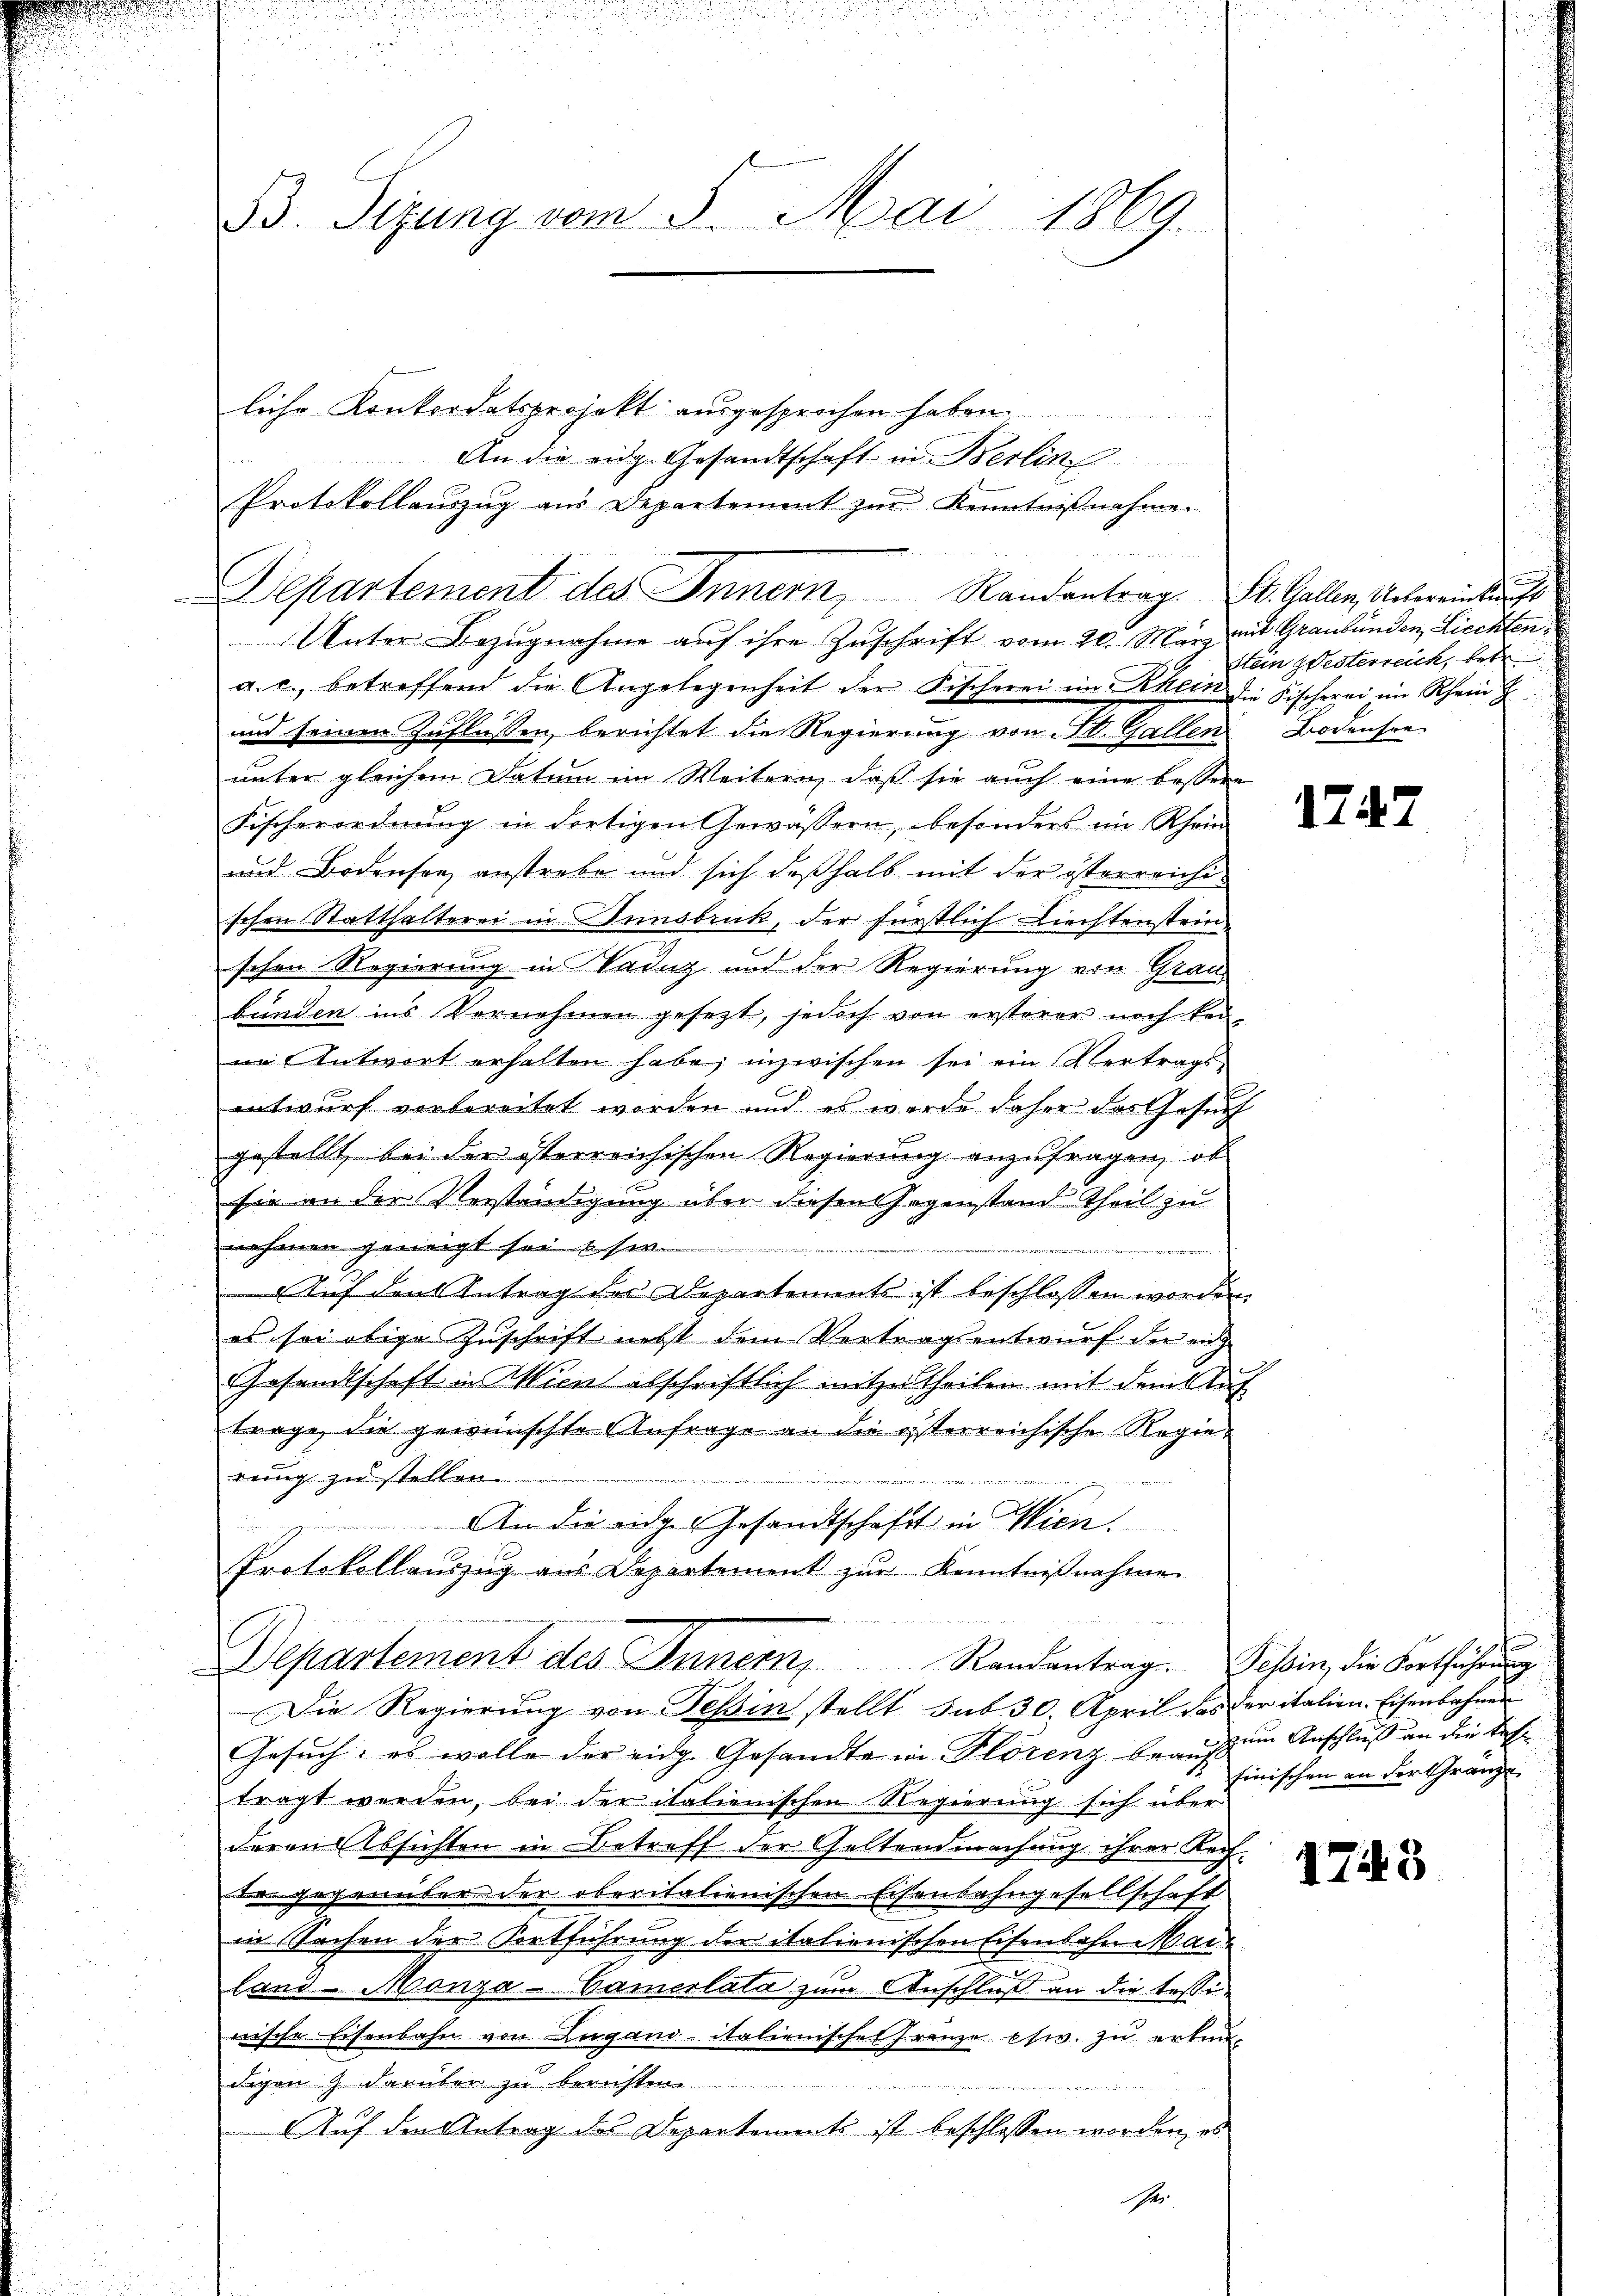
e

B. Sizung vom 3. Mai 1869.

liche Konkordatsprojekt ausgesprochen haben.
An die eidg. Gesandtschaft in Berlin
Protokollauszug aus Departement zŭr Kenntniβnahme.
Unter Bezugnahme auf ihre Zuschrift vom 20. M. mit Graubünden, Liechtena. c., betreffend die Angelegenheit der Fischerei im Rhein die Fischerei im Rhein Z
und seinen Zuflüssen, berichtet die Regierung von St. Gallen Bodensre
unter gleichem Datum im Weitern, daß sie auch eine bessere
Fischerordnŭng in dortigen Gewässern, besonders ein Rhein
und Bodensee anstrebe und sich deßhalb mit der österreichischen Statthalterei in Innsbruck, der fürstlich Liechtenstein
schen Regierung in Vadug und der Regierung von Graubünden ins Vernehmen gesezt, jedoch von ersterer noch keiin Antwort erhalten habe; inzwischen sei ein Vertrags-
entwurf vorbereitet worden und es werde daher das Gesuch
gestellt bei der österreichischen Regierung anzufragen, ob
sie an der Verständigung über diesen Gegenstand theil zu
nehmen geneigt sei eser
n der
Auf den Antrag der Departements ist beschlossen worden.
es sei obige Zuschrift nebst dem Vertragsentwurf der rich
Gesandtschaft in Wien abschriftlich mitzutheilen mit dem Auf
trage, die gewünschte Anfrage an die österreichische Regierung zu stellen.
An die eidge Gesandtschaft in Wien.

Protokollauszug aus Departement zŭr Kenntnißnahme
Departement des Innern, Randantrag. Pesin, die Fortführung
Die Regierŭng von Tessin stellt sub 30. April des der italien-Eisenbahnen
Gesuch: es wolle der eidg. Gesandte in Florenz beaufsum Anschluß an die Bef
tragt werden, bei der italienischen Regierung sich über
deren Absichten in Betreff der Geltendmachung ihrer Reifde gegenüber der oberitalienischen Eisenbahngesellschaft
in Sachen der Fortführung der italienischen Eisenbahn Maie
land-Monza-Camerlata zum Anschluß an die tessinische Eisenbahn von Lugand italienische Franze esw. zu erkundigen 9 darüber zu berichten.
wan den werden un
Auf den Antrag des Departements ist beschlossen worden, es

Departement des Innern, Randantrag. St. Gallen Uebereinkunft

Stein Westerreich, betr

finischen an der Gränze

1743